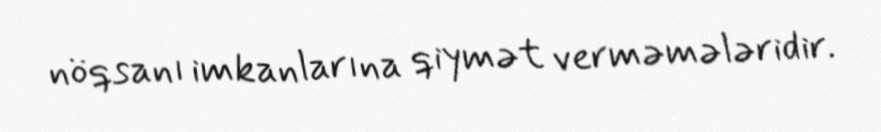
nöqsanı imkanlarına qiymət verməmələridir.